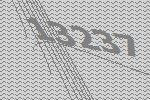
13237